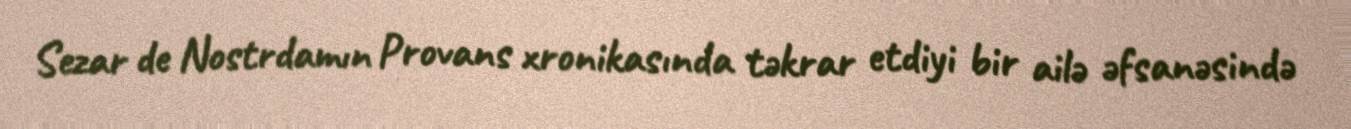
Sezar de Nostrdamın Provans xronikasında təkrar etdiyi bir ailə əfsanəsində